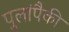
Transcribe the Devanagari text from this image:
पुलांपैकी